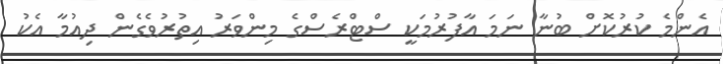
އެންމެ ކުރުކޮށް ބުނާ ނަމަ އާފުރުމަކީ ސްޓްރެސްގެ މިންވަރު އިތުރުވެގެން ދިއުމާ އެކު